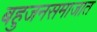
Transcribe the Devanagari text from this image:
बहुजनसमाजात